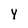
Character: y